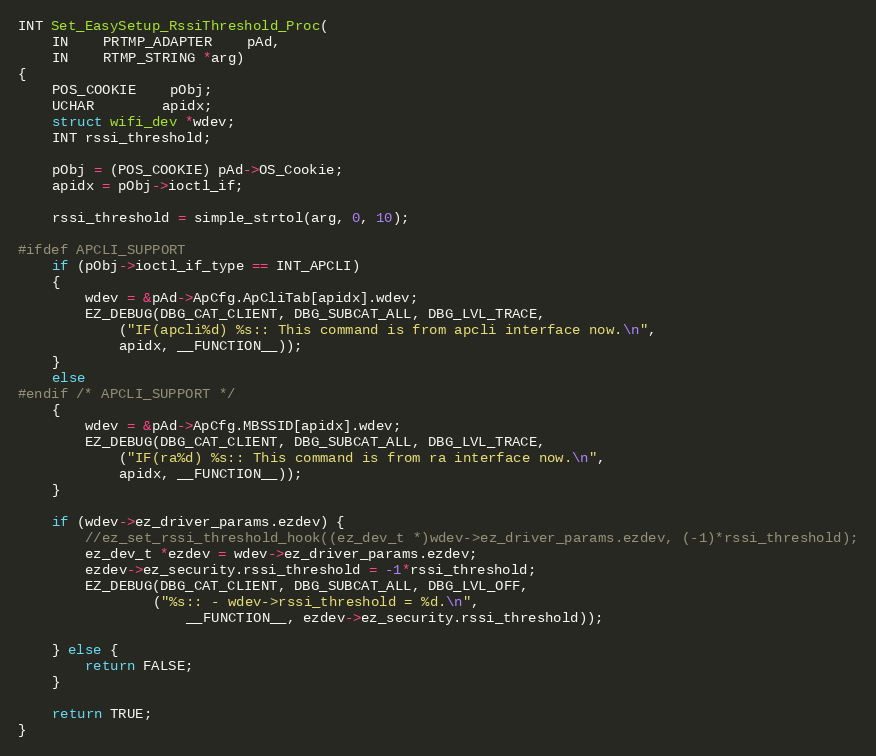
Language: C
INT Set_EasySetup_RssiThreshold_Proc(
	IN	PRTMP_ADAPTER	pAd,
	IN	RTMP_STRING *arg)
{
	POS_COOKIE	pObj;
	UCHAR		apidx;
	struct wifi_dev *wdev;
	INT rssi_threshold;

	pObj = (POS_COOKIE) pAd->OS_Cookie;
	apidx = pObj->ioctl_if;

	rssi_threshold = simple_strtol(arg, 0, 10);

#ifdef APCLI_SUPPORT
	if (pObj->ioctl_if_type == INT_APCLI)
	{
		wdev = &pAd->ApCfg.ApCliTab[apidx].wdev;
		EZ_DEBUG(DBG_CAT_CLIENT, DBG_SUBCAT_ALL, DBG_LVL_TRACE,
			("IF(apcli%d) %s:: This command is from apcli interface now.\n",
			apidx, __FUNCTION__));
	}
	else
#endif /* APCLI_SUPPORT */
	{
		wdev = &pAd->ApCfg.MBSSID[apidx].wdev;
		EZ_DEBUG(DBG_CAT_CLIENT, DBG_SUBCAT_ALL, DBG_LVL_TRACE,
			("IF(ra%d) %s:: This command is from ra interface now.\n",
			apidx, __FUNCTION__));
	}

	if (wdev->ez_driver_params.ezdev) {
		//ez_set_rssi_threshold_hook((ez_dev_t *)wdev->ez_driver_params.ezdev, (-1)*rssi_threshold);
		ez_dev_t *ezdev = wdev->ez_driver_params.ezdev;
		ezdev->ez_security.rssi_threshold = -1*rssi_threshold;
		EZ_DEBUG(DBG_CAT_CLIENT, DBG_SUBCAT_ALL, DBG_LVL_OFF,
				("%s:: - wdev->rssi_threshold = %d.\n",
					__FUNCTION__, ezdev->ez_security.rssi_threshold));

	} else {
		return FALSE;
	}

	return TRUE;
}